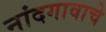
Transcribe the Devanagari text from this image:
नांदगावाचे